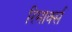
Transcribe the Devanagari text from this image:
रिमार्क्स